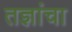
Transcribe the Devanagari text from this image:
तज्ञांचा